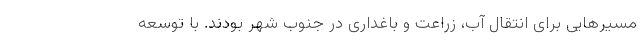
مسیرهایی برای انتقال آب، زراعت و باغداری در جنوب شهر بودند. با توسعه